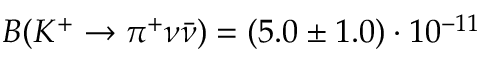
B ( K ^ { + } \rightarrow \pi ^ { + } \nu \bar { \nu } ) = ( 5 . 0 \pm 1 . 0 ) \cdot 1 0 ^ { - 1 1 }